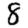
Digit: 8